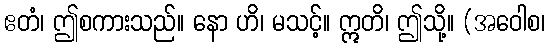
ဧတံ၊ ဤစကားသည်။ နော ဟိ၊ မသင့်။ ဣတိ၊ ဤသို့။ (အဝေါစ၊